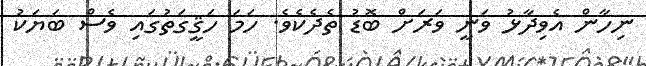
ނިހާން އެވިދާޅު ވަނީ ވަރަށް ބޮޑު ތެދެކެވެ. ހަމަ ހަޤީގަތުގައި ވެސް ބަޔަކު